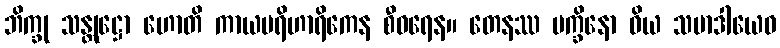
ဘိက္ခု သန္တုဋ္ဌော ဟောတိ ကာယပရိဟာရိကေန စီဝရေန။ တေနဿ ပက္ခိနော ဝိယ သမာဒါယေဝ